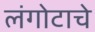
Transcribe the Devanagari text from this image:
लंगोटाचे